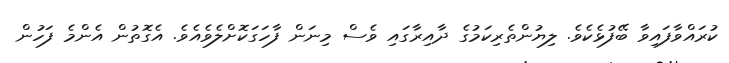
ކުރައްވާފައިވާ ބޭފުޅެކެވެ. ލިޔުންތެރިކަމުގެ ދާއިރާގައި ވެސް މިނަން ފާހަގަކޮށްލެވެއެވެ. އެގޮތުން އެންމެ ފަހުން